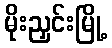
မိုးညှင်းမြို့